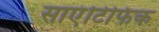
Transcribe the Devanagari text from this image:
साएंटिफिक